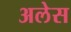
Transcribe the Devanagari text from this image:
अलेस